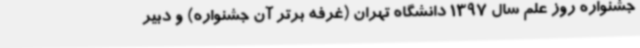
جشنواره روز علم سال 1397 دانشگاه تهران (غرفه برتر آن جشنواره) و دبیر